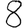
Digit: 8